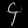
Digit: ၄